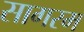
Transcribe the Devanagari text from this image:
सागरम